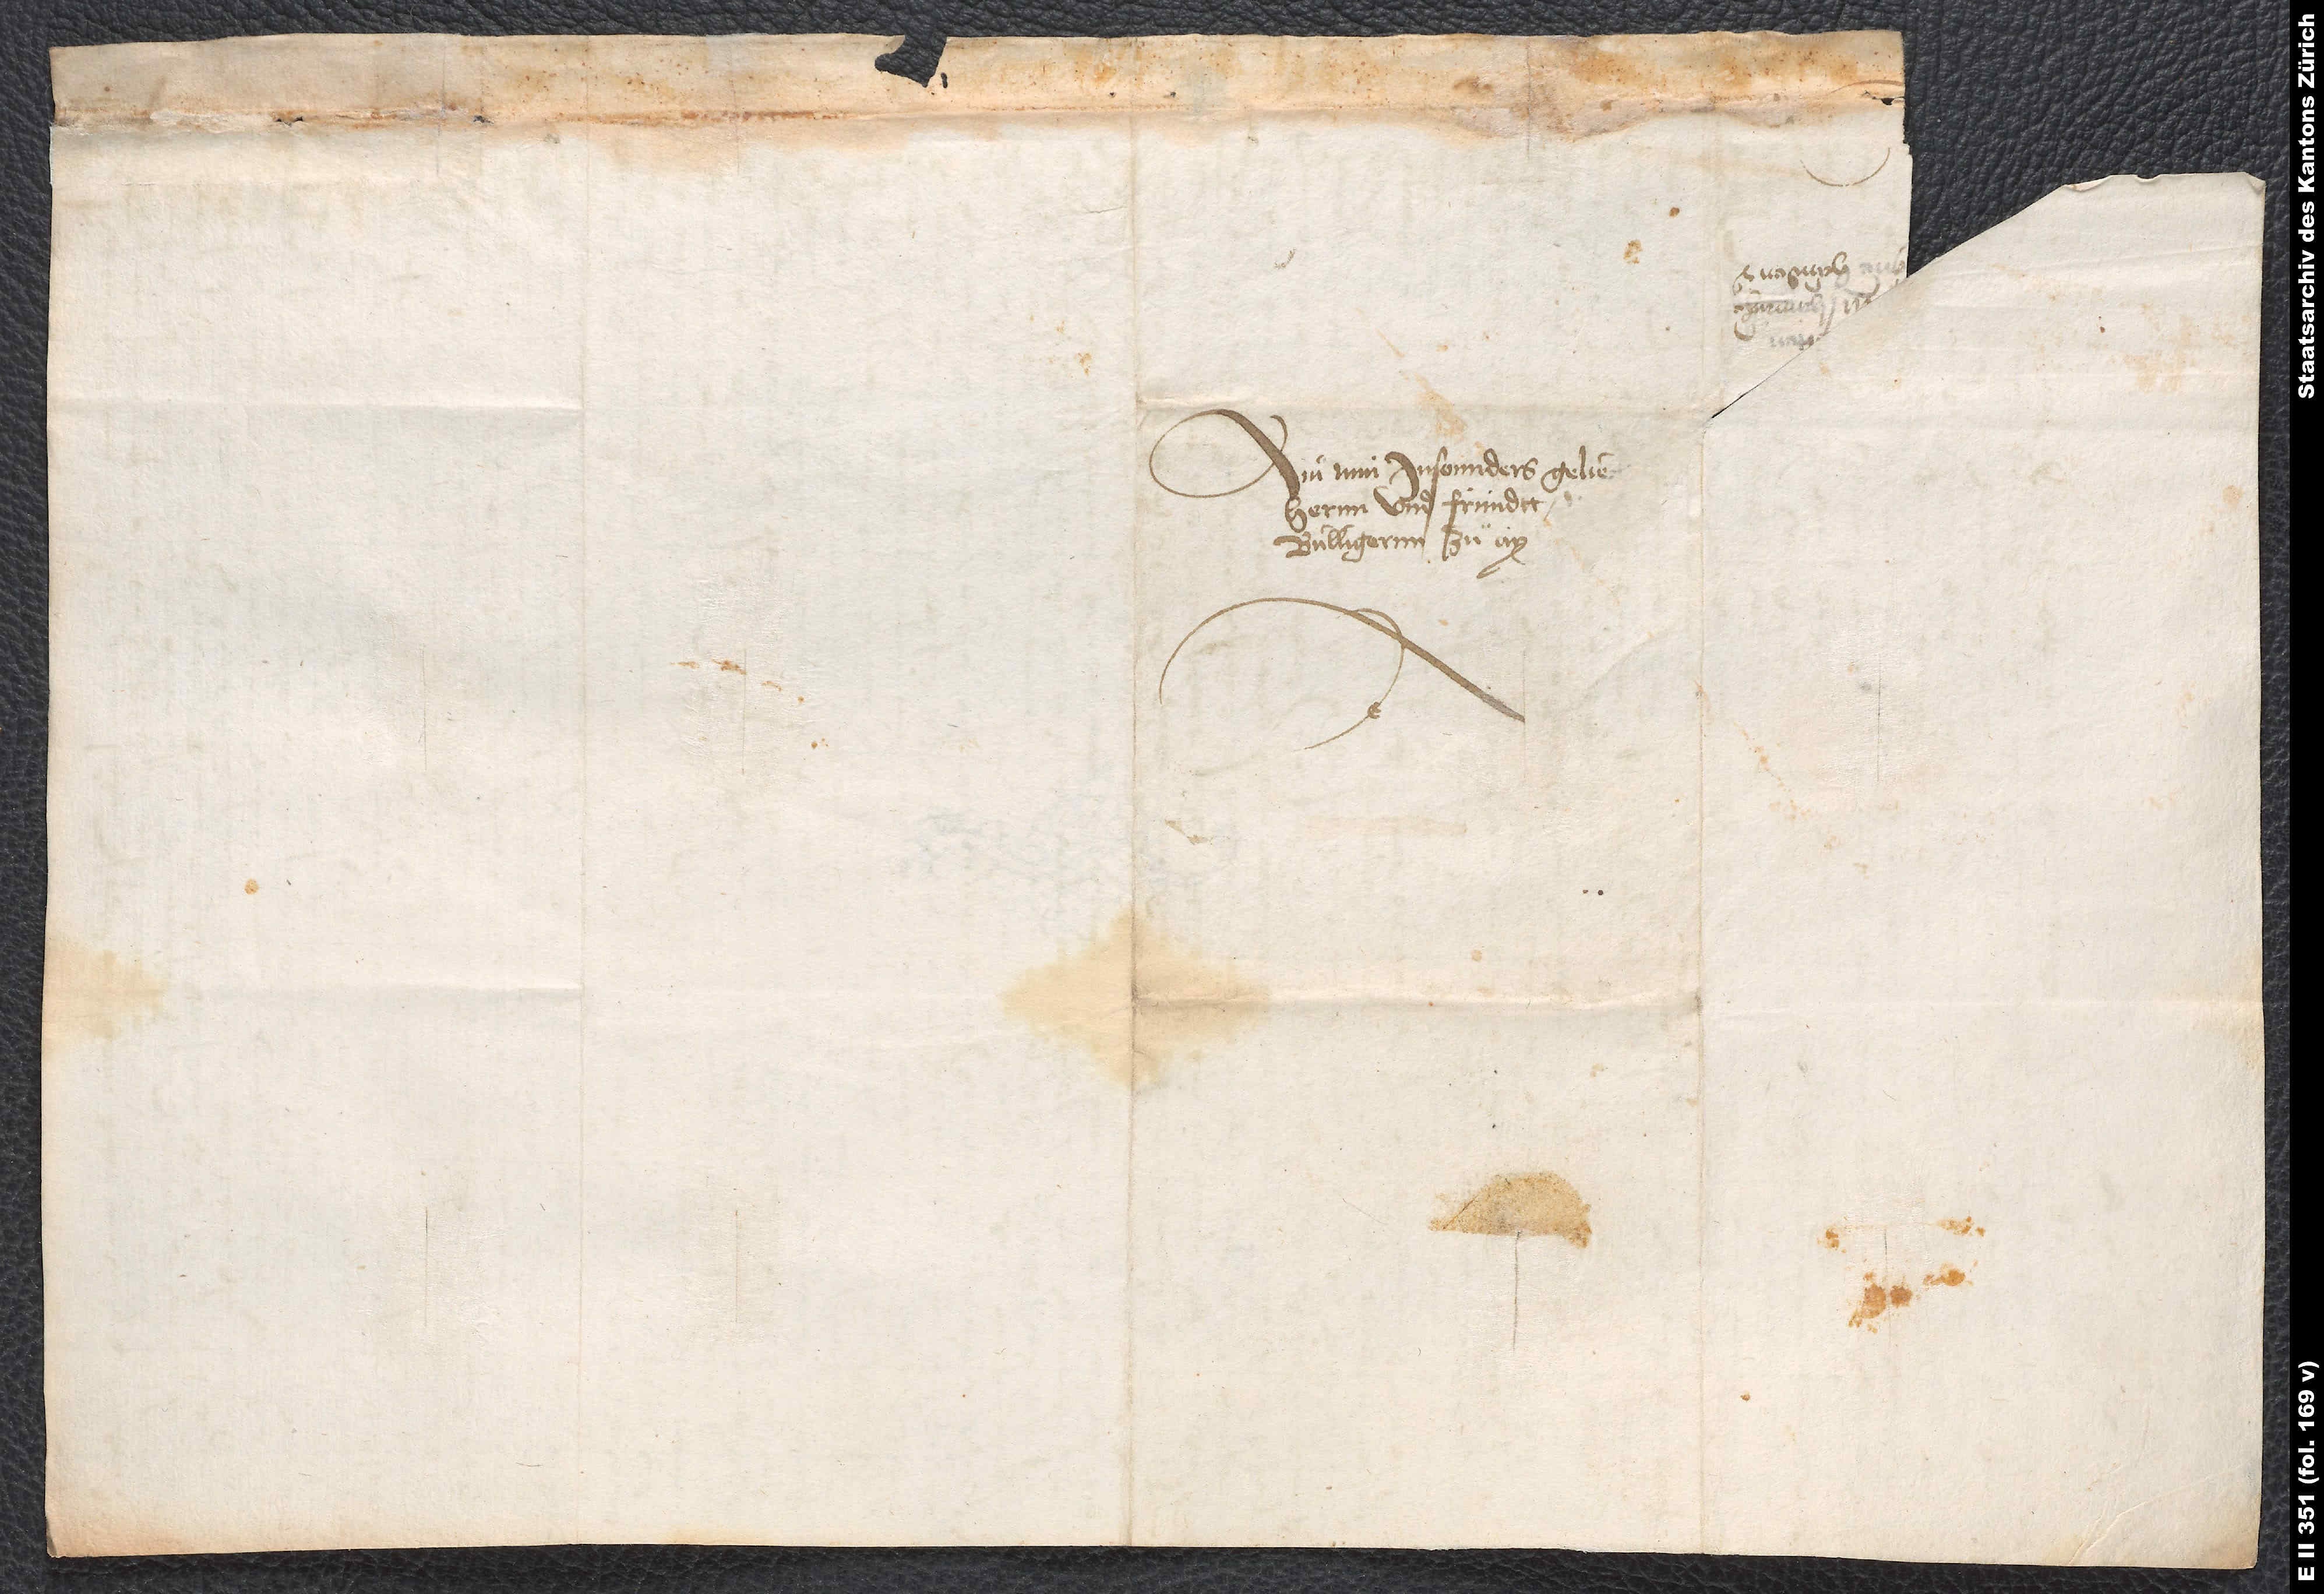
Ain min insonnders gelieptten
hernn und fründtt,